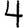
Digit: 4